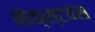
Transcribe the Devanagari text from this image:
नेक्स्टवंस